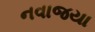
નવાજયા